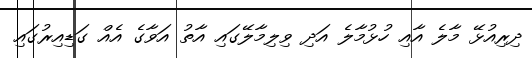
ދިރިއުޅޭ މާލެ އާއި ހުޅުމާލެ އަދި ވިލިމާލޭގައި އާތު އަވާގެ އެއް ގަޑިއިރުގައި